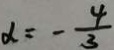
\alpha = - \frac { 4 } { 3 }